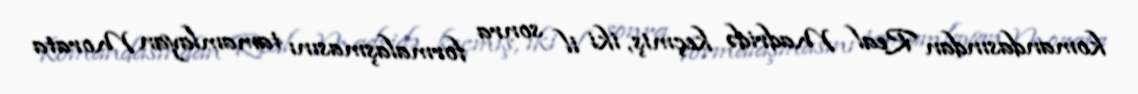
komandasından Real Madridə keçmiş, iki il sonra formalaşmasını tamamlayan Morata